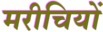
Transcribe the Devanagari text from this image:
मरीचियों